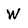
Character: W